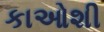
કાઓશી